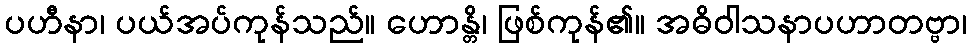
ပဟီနာ၊ ပယ်အပ်ကုန်သည်။ ဟောန္တိ၊ ဖြစ်ကုန်၏။ အဓိဝါသနာပဟာတဗ္ဗာ၊